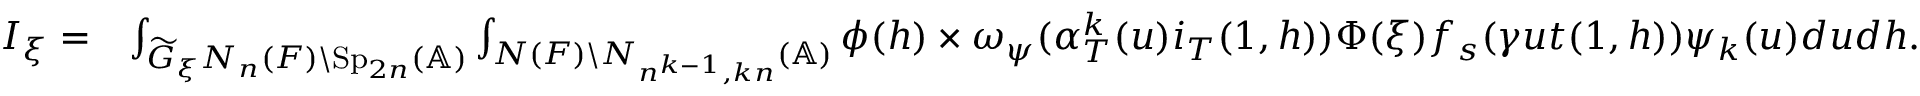
\begin{array} { r l } { I _ { \xi } = } & { \int _ { \widetilde { G } _ { \xi } N _ { n } ( F ) \backslash \mathrm { S p } _ { 2 n } ( \mathbb { A } ) } \int _ { N ( F ) \backslash N _ { n ^ { k - 1 } , k n } ( \mathbb { A } ) } \phi ( h ) \times \omega _ { \psi } ( \alpha _ { T } ^ { k } ( u ) i _ { T } ( 1 , h ) ) \Phi ( \xi ) f _ { s } ( \gamma u t ( 1 , h ) ) \psi _ { k } ( u ) d u d h . } \end{array}